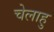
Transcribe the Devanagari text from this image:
चेलाहु